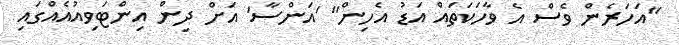
"އަހަރެން ވެސް އެ ވާހަކަތައް އަޑު އެހިން" 'އަންސާ' އަށް ދިން އިންޓަވިއުއެއްގައި